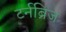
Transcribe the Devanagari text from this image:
टर्नब्रिज